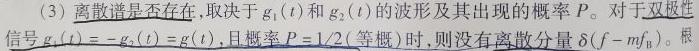
(3) 离散谱是否存在，取决于$g_1(t)$和$g_2(t)$的波形及其出现的概率$P$。对于双极性信号$g_1(t)=-g_2(t)=g(t)$，且概率$P = 1/2$(等概) 时，则没有离散分量$\delta(f - mf_{\mathrm{B}})$。根